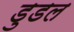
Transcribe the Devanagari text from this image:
डुडल